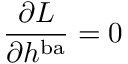
\frac { \partial { \cal L } } { \partial h ^ { \mathrm { b a } } } = 0